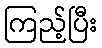
ကြည့်ပြီး